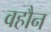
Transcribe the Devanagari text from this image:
वहौन